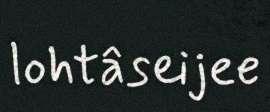
lohtâseijee